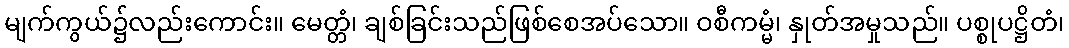
မျက်ကွယ်၌လည်းကောင်း။ မေတ္တံ၊ ချစ်ခြင်းသည်ဖြစ်စေအပ်သော။ ဝစီကမ္မံ၊ နှုတ်အမှုသည်။ ပစ္စုပဋ္ဌိတံ၊